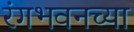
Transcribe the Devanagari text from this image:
रंगभवनच्या